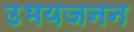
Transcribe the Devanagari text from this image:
उभयजनन